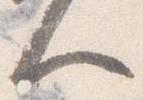
人